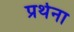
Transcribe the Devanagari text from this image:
प्रर्थना